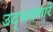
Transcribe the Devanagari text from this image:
उद्‌भवणारे